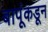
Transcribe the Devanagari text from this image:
बापूंकडून